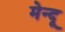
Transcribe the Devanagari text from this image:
मेन्दू